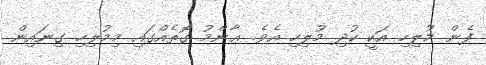
ފެން މުލިހި އަކީ ކުދި މުލިހި އެވެ. ޢާންމު ގޮތެއްގައި މިމުލިހި ގިނައިން